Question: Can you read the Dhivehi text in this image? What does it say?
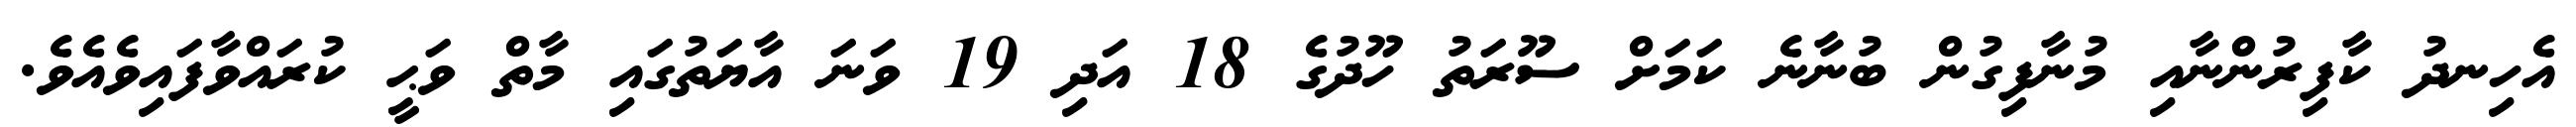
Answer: އެހިނދު ކާފިރުންނާއި މުނާފިގުން ބުނާނެ ކަމަށް ސޫރަތު ހޫދުގެ 18 އަދި 19 ވަނަ އާޔަތުގައި މާތް ވަޙީ ކުރައްވާފައިވެއެވެ.